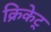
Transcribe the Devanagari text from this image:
क्रिकेट्